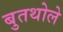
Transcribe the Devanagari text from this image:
बुतथोले